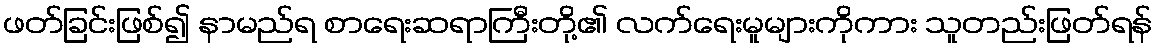
ဖတ်ခြင်းဖြစ်၍ နာမည်ရ စာရေးဆရာကြီးတို့၏ လက်ရေးမူများကိုကား သူတည်းဖြတ်ရန်